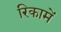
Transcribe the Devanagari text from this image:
रिकामें